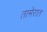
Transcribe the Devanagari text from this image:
तामेरात